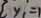
y _ { 1 } =